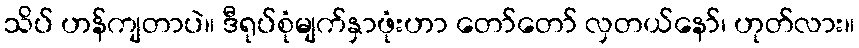
သိပ် ဟန်ကျတာပဲ။ ဒီရုပ်စုံမျက်နှာဖုံးဟာ တော်တော် လှတယ်နော်၊ ဟုတ်လား။